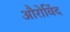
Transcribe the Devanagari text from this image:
औरोविंद